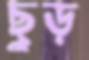
ছুড়